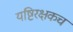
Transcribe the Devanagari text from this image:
यष्टिरक्षकच